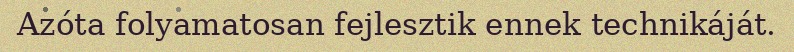
Azóta folyamatosan fejlesztik ennek technikáját.